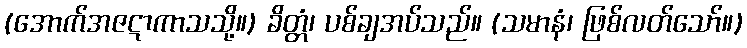
(အောက်အဇဋာကာသသို့။) ခိတ္တံ၊ ပစ်ချအပ်သည်။ (သမာနံ၊ ဖြစ်လတ်သော်။)